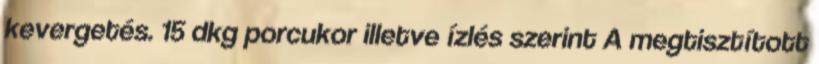
kevergetés. 15 dkg porcukor illetve ízlés szerint A megtisztított